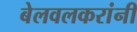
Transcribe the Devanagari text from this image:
बेलवलकरांनी